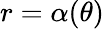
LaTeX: r=\alpha(\theta)